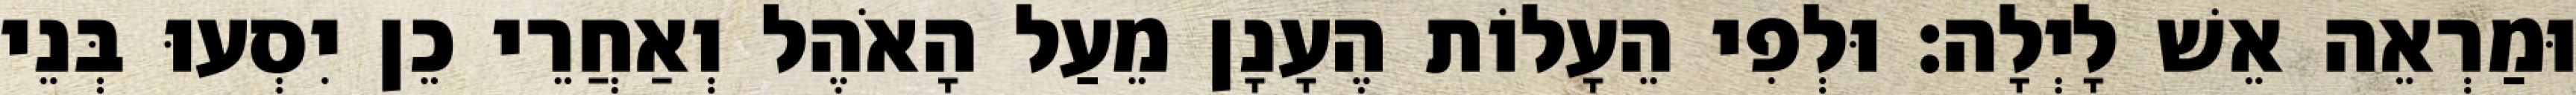
וּמַרְאֵה אֵשׁ לָיְלָה׃ וּלְפִי הֵעָלוֹת הֶעָנָן מֵעַל הָאֹהֶל וְאַחֲרֵי כֵן יִסְעוּ בְּנֵי